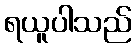
ရယူပါသည်